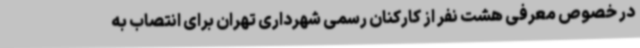
در خصوص معرفی هشت نفر از کارکنان رسمی شهرداری تهران برای انتصاب به